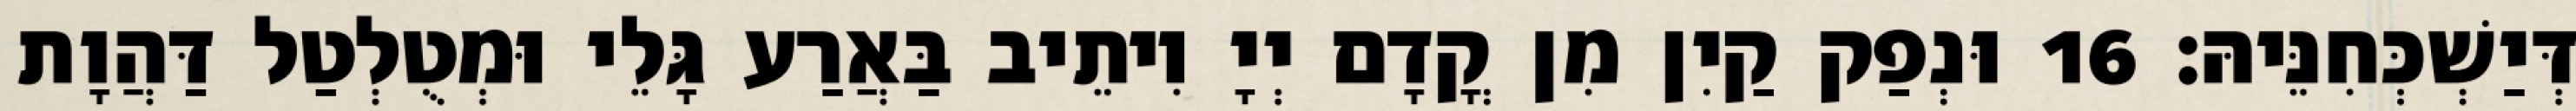
דְּיַשְׁכְּחִנֵּיהּ׃ 16 וּנְפַק קַיִן מִן קֳדָם יְיָ וִיתֵיב בַּאֲרַע גָּלֵי וּמְטֻלְטַל דַּהֲוָת